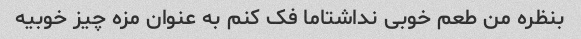
بنظره من طعم خوبی نداشتاما فک کنم به عنوان مزه چیز خوبیه